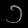
Digit: ၁